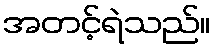
အတင့်ရဲသည်။